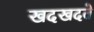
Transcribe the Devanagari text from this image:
खदखदते